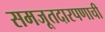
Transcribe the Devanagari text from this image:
समजूतदारपणाची